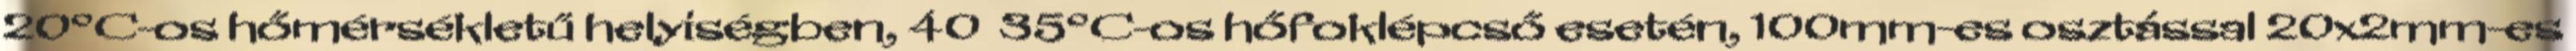
20°C-os hőmérsékletű helyiségben, 40 35°C-os hőfoklépcső esetén, 100mm-es osztással 20x2mm-es